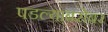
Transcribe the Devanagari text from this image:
पडल्याबरोबर